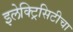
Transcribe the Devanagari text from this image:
इलेक्ट्रिसिटीचा